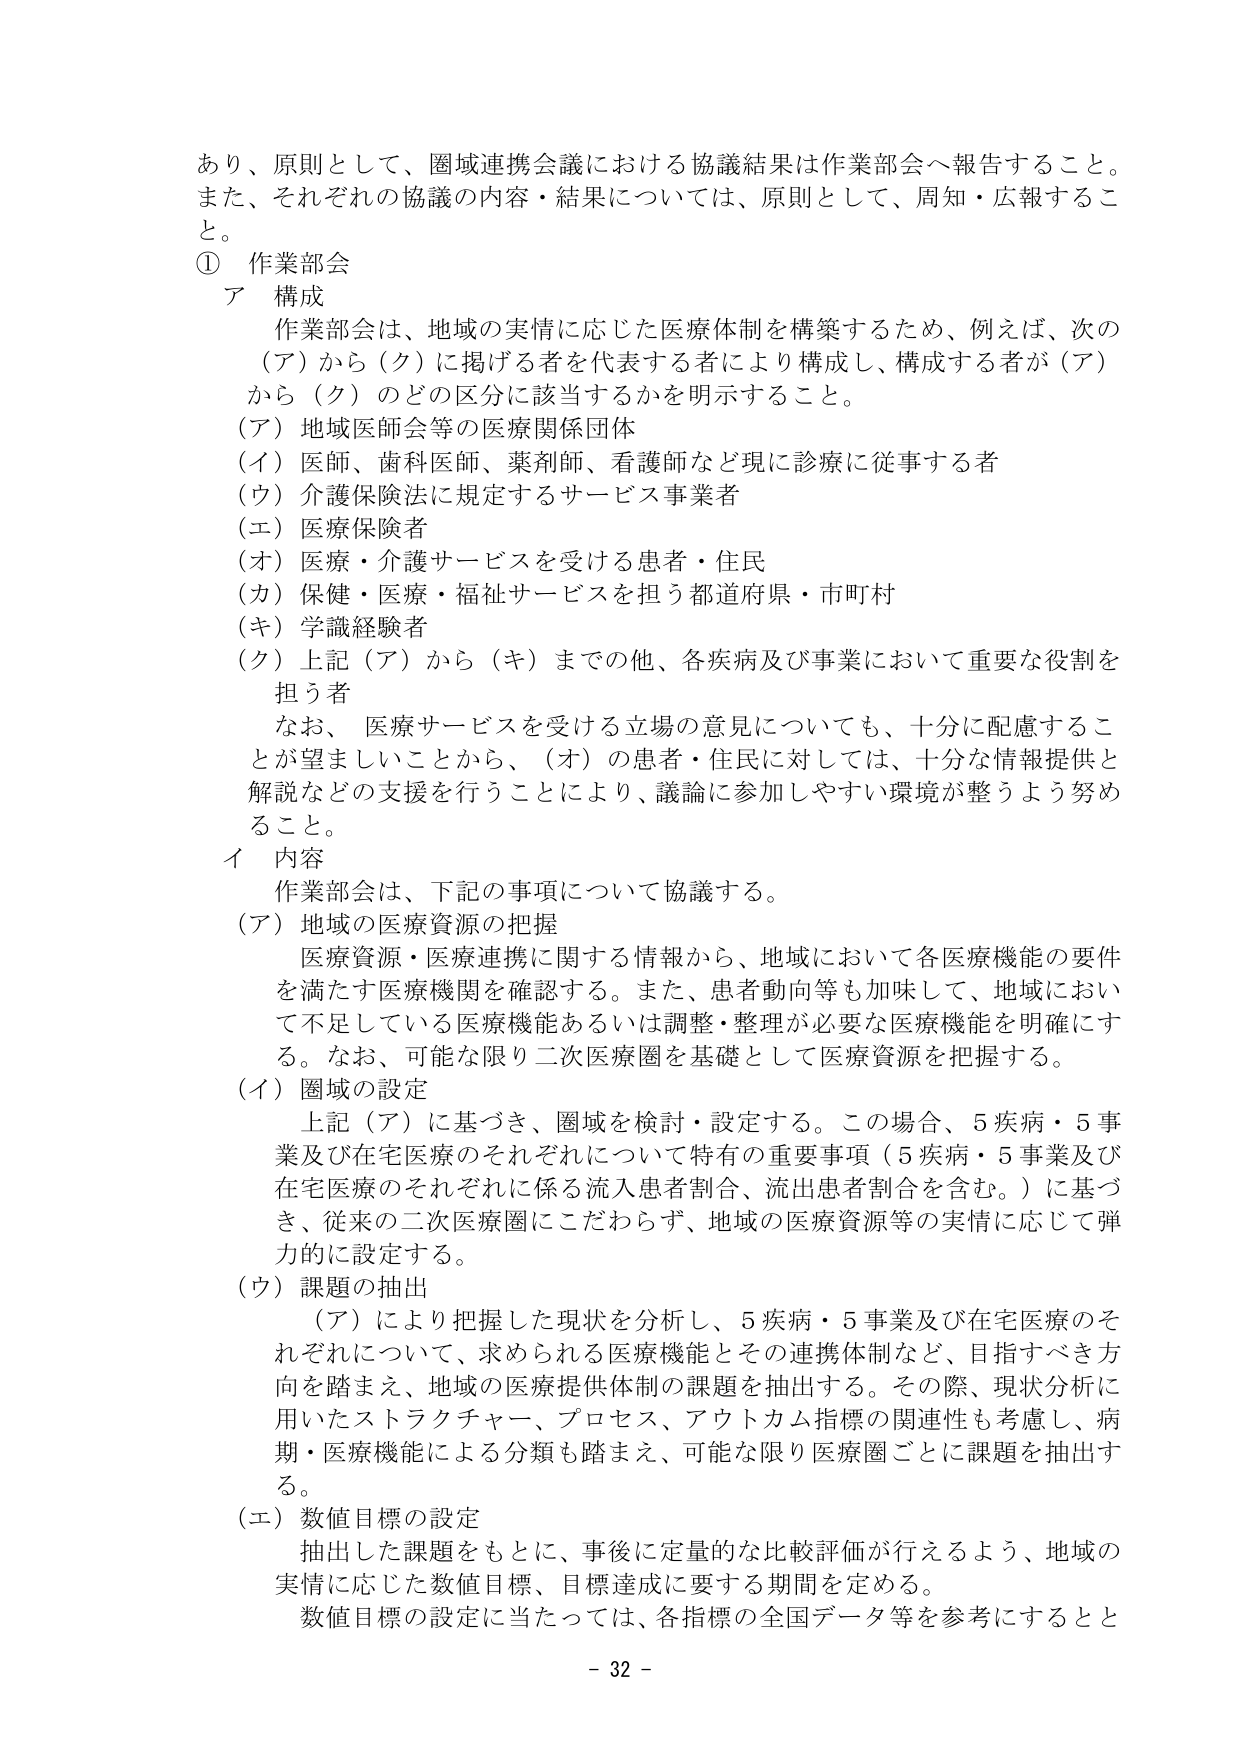
あり、原則として、圏域連携会議における協議結果は作業部会へ報告すること。
また、それぞれの協議の内容・結果については、原則として、周知・広報すること。

① 作業部会
ア 構成
　作業部会は、地域の実情に応じた医療体制を構築するため、例えば、次の（ア）から（ク）に掲げる者を代表する者により構成し、構成する者が（ア）から（ク）のどの区分に該当するかを明示すること。
　（ア）地域医師会等の医療関係団体
　（イ）医師、歯科医師、薬剤師、看護師など現に診療に従事する者
　（ウ）介護保険法に規定するサービス事業者
　（エ）医療保険者
　（オ）医療・介護サービスを受ける患者・住民
　（カ）保健・医療・福祉サービスを担う都道府県・市町村
　（キ）学識経験者
　（ク）上記（ア）から（キ）までの他、各疾病及び事業において重要な役割を担う者
　　なお、医療サービスを受ける立場の意見についても、十分に配慮することが望ましいことから、（オ）の患者・住民に対しては、十分な情報提供と解説などの支援を行うことにより、議論に参加しやすい環境が整うよう努めること。

イ 内容
　作業部会は、下記の事項について協議する。
　（ア）地域の医療資源の把握
　　医療資源・医療連携に関する情報から、地域において各医療機能の要件を満たす医療機関を確認する。また、患者動向等も加味して、地域において不足している医療機能あるいは調整・整理が必要な医療機能を明確にする。なお、可能な限り二次医療圏を基礎として医療資源を把握する。
　（イ）圏域の設定
　　上記（ア）に基づき、圏域を検討・設定する。この場合、5疾病・5事業及び在宅医療のそれぞれについて特有の重要事項（5疾病・5事業及び在宅医療のそれぞれに係る流入患者割合、流出患者割合を含む。）に基づき、従来の二次医療圏にこだわらず、地域の医療資源等の実情に応じて弾力的に設定する。
　（ウ）課題の抽出
　　（ア）により把握した現状を分析し、5疾病・5事業及び在宅医療のそれぞれについて、求められる医療機能とその連携体制など、目指すべき方向を踏まえ、地域の医療提供体制の課題を抽出する。その際、現状分析に用いたストラクチャー、プロセス、アウトカム指標の関連性も考慮し、病期・医療機能による分類も踏まえ、可能な限り医療圏ごとに課題を抽出する。
　（エ）数値目標の設定
　　抽出した課題をもとに、事後に定量的な比較評価が行えるよう、地域の実情に応じた数値目標、目標達成に要する期間を定める。
　　数値目標の設定に当たっては、各指標の全国データ等を参考にするとと

- 32 -